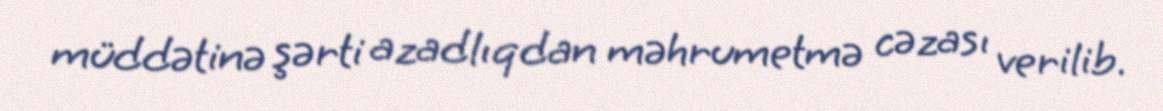
müddətinə şərti azadlıqdan məhrumetmə cəzası verilib.